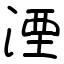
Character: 湮